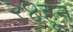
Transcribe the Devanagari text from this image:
२४हून